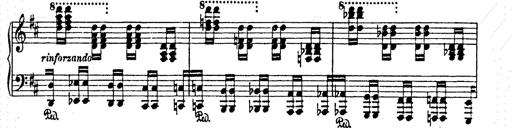
Title: AnnÃ©es de pÃ¨lerinage II
Composer: Franz Liszt